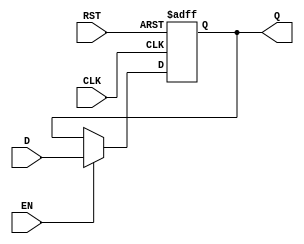
module StageRegister #(
    parameter WIDTH = 8  // Parameter to define the width of the register
)(
    input  wire [WIDTH-1:0] D,    // Data input
    input  wire CLK,                // Clock input
    input  wire RST,                // Asynchronous reset
    input  wire EN,                 // Enable signal
    output reg  [WIDTH-1:0] Q       // Data output
);

    // Always block triggered on the clock edge
    always @(posedge CLK or posedge RST) begin
        if (RST) begin
            Q <= {WIDTH{1'b0}};       // Reset output to zero
        end else if (EN) begin
            Q <= D;                   // Capture input data on enable
        end
        // If EN is low, Q retains its previous value
    end

endmodule